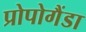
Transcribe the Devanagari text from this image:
प्रोपोगैंडा